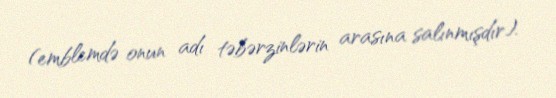
(emblemdə onun adı təbərzinlərin arasına salınmışdır).